Annual report of the Punjab Veterinary College and of the Civil Veterinary Department, Punjab - 1894-1908
Year: 1894
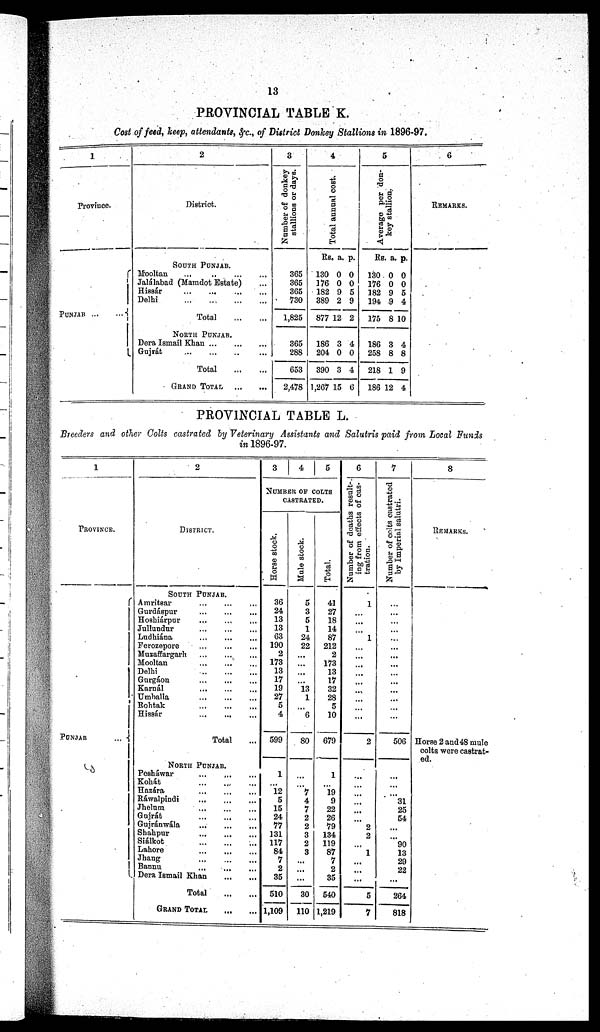
13
PROVINCIAL TABLE K.
Cost of feed, keep, attendants, &c., of District Donkey Stallions in 1896-97.
1
Province.
PUNJAB ... ...
2
District.
SOUTH PUNJAB.
Mooltan
...
...
...
...
Jalálabad (Mamdot Estate) ...
Hissár
...
...
...
...
Delhi
...
...
...
...
Total ... ...
NORTH PUNJAB.
Dera Ismail Khan
...
...
...
Gujrát
...
...
...
...
Total ... ...
GRAND TOTAL ... ...
3
Number of donkey
stallions or days.
365
365
365
730
1,825
365
288
653
2,478
4
Tot al annual cost.
RS.
130
176
182
389
877
186
204
390
1,267
a.
0
0
9
2
12
3
0
3
15
p.
0
0
5
9
2
4
0
4
6
5
Ave r
a ge per don-
key stallion.
Rs.
130
176
182
194
175
186
258
218
186 1
a.
0
0
9
9
8
3
8
1
2
p.
0
0
5
4
10
4
8
9
4
6
REMARKS.
PROVINCIAL TABLE L.
Breeders and other Colts castrated by Veterinary Assistants and Salutris paid from Local Funds
in 1896-97.
1
PROVINCE.
PUNJAB
...
2
DISTRICT.
SOUTH PUNJAB.
Amritsar ... ... ...
Gurdáspur
...
...
...
Hoshiárpur
...
...
...
Jnllundur
...
...
...
Lndhiána
...
...
...
Ferozepore
...
...
...
Muzaffargarh
...
...
...
Mooltan
...
...
...
Delhi
Gurgáon
...
...
...
Karnál
...
...
...
Umballa
...
...
...
Rohtak
...
...
...
Hissár
...
...
...
Total
NORTH PUNJAB.
Pesháwar
...
...
...
Kohát
...
...
...
Hazára
...
...
...
Ráwalpindi
...
...
...
Jhelum
...
...
...
Gujrát
...
...
...
Gujránwála
...
...
...
Shahpur
...
...
...
Siálkot
...
...
...
Lahore
Jhang
...
...
...
Bannu
...
...
...
Dera Ismail Khan ... ...
Total
GRAND TOTAL ... ...
3
4
5
NUMBER OF CLTS
CASTRATED
Horse stock.
36
24
13
13
63
190
2
173
13
17
19
27
5
4
599
1
...
12
5
15
24
77
131
117
84
7
2
35
510
1,109
Mule stock.
5
3
5
1
24
22
...
...
...
...
13
1
...
6
80
...
...
7
4
7
2
2
3
2
3
...
...
...
30
110
Total.
41
27
18
14
87
212
2
173
13
17
32
28
5
10
679
1
...
19
9
22
26
79
134
119
87
7
2
35
540
1,219
6
Number of deaths result-
ing from effects of cas-
tration.
1
...
...
...
1
...
...
...
...
...
...
...
...
...
2
...
...
...
...
...
...
2
2
...
1
...
...
...
5
7
7
Number of colts castrated
by Imperial salutri.
...
...
...
...
...
...
...
...
...
...
...
...
...
...
506
...
...
...
31
25
54
...
...
90
13
29
22
...
264
818
8
REMARKS.
Horse 2 and 48 mule
colts were castrat-